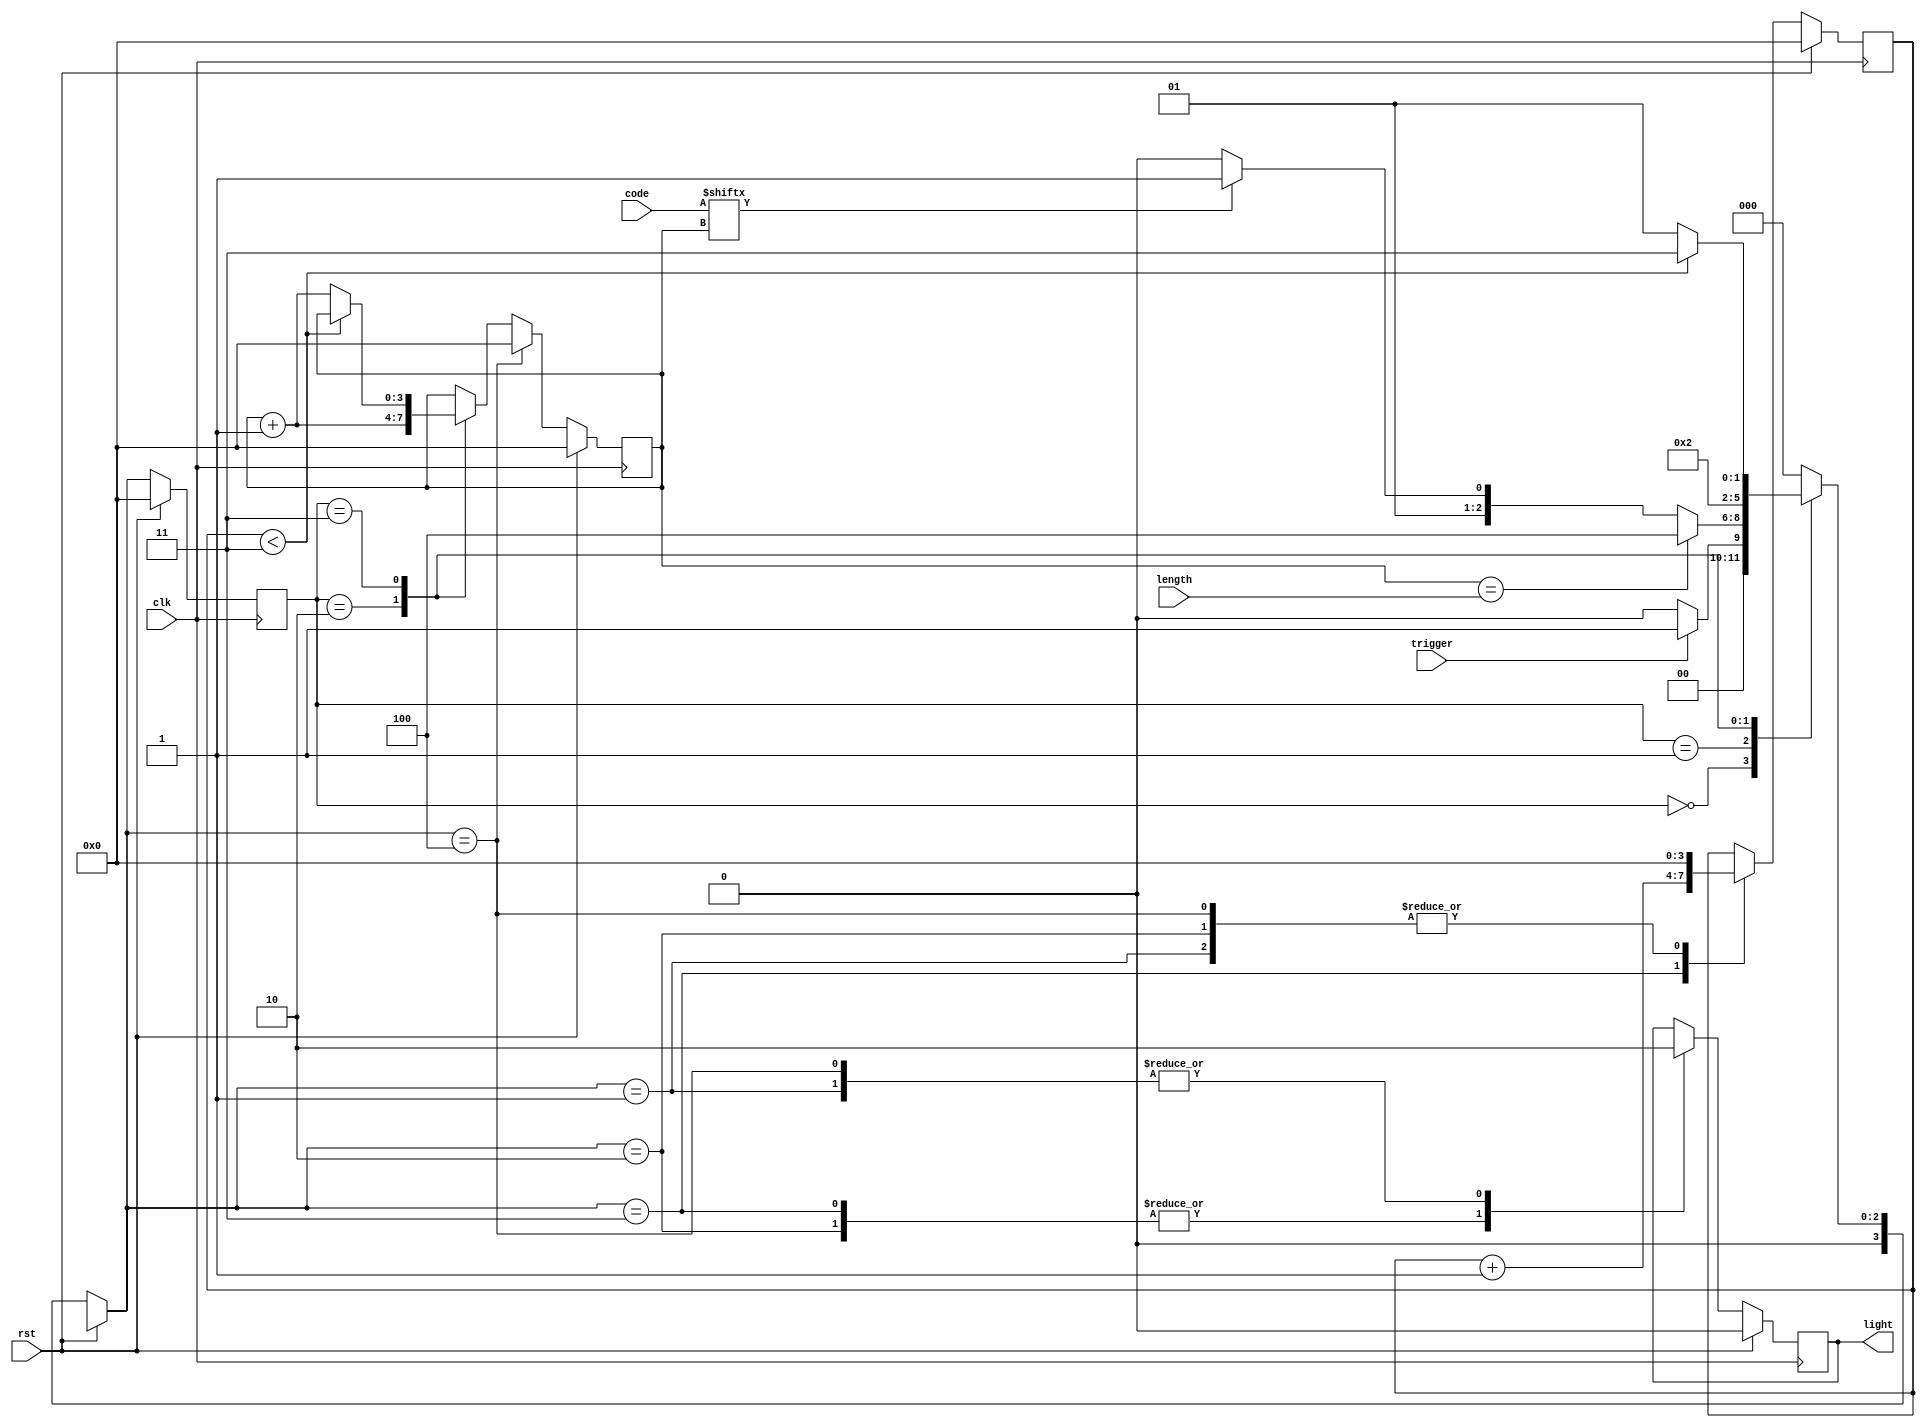
module pulseFSM (clk, trigger, code, rst, length, light);
	input clk, rst, trigger;
	input [3:0] code, length;
	output reg light;
	reg [3:0] count, i;
	
	//State Params
	parameter Init = 0, Wait = 1, Short = 2, Long = 3, End = 4;
	//State regs
	reg [3:0] y_Q, y_D; 
	
	always @(posedge clk) 
		if(!rst) begin
			begin: state_table
				case (y_Q) // state transitions
					Init: 
						if (trigger)
							y_Q = Wait;
						else 
							y_Q = Init;
					Wait: begin
						if (i == length)
							y_Q = End;
						else if (code[i] == 0)
							y_Q = Short;						 
						else
							y_Q = Long;
						end
					Short: 
						begin y_Q = Wait; i = i + 1; end
					Long: 
						if(count < 3)
							y_Q = Long;
						else
							begin y_Q = Wait;  i = i + 1; end
					End: y_Q = Init;
					default: y_Q = Init;
				endcase
			end

			case (y_Q) //state actions
				Wait: begin light = 0; count = 0; end
				Short:begin light = 1; count = 0; end
				Long: begin light = 1; count = count + 1; end
				End:  begin light = 0; count = 0; i = 0; end
			endcase
		end
	else
		begin
			light = 0;
			count = 0;
			y_Q = Init;
			i = 0;
		end
	
	
endmodule